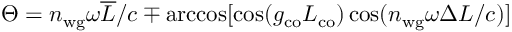
\Theta = n _ { \mathrm { w g } } \omega \overline { { L } } / c \mp \operatorname { a r c c o s } [ \cos ( g _ { \mathrm { c o } } L _ { \mathrm { c o } } ) \cos ( n _ { \mathrm { w g } } \omega \Delta L / c ) ]